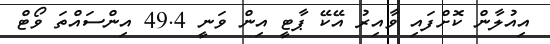
އިއުލާން ކޮށްފައި ވާއިރު އޭކޭ ޕާޓީ އިން ވަނީ 49.4 އިންސައްތަ ވޯޓް